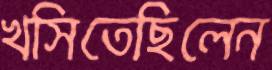
খসিতেছিলেন